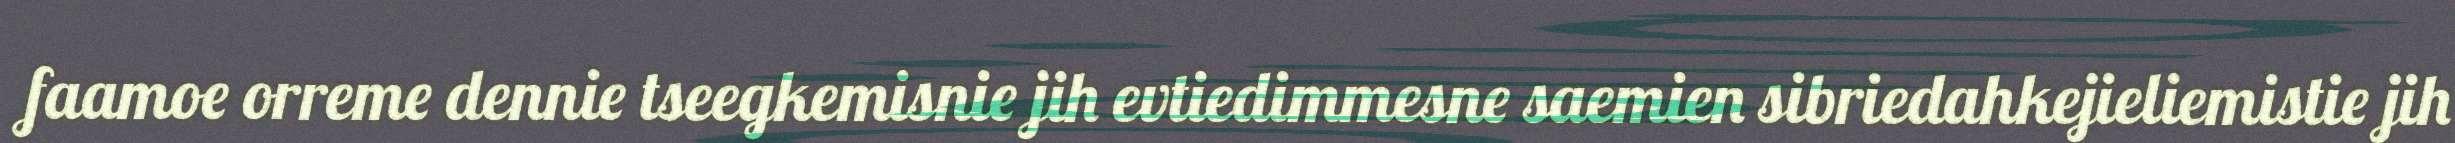
faamoe orreme dennie tseegkemisnie jih evtiedimmesne saemien sibriedahkejieliemistie jih